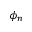
\phi _ { n }